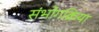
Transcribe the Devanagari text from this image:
संभोगक्रिया